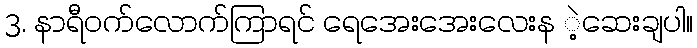
3. နာရီဝက်လောက်ကြာရင် ရေအေးအေးလေးန ဲ့ဆေးချပါ။